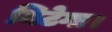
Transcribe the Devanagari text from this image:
मिटेगा।